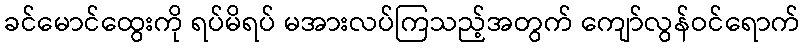
ခင်မောင်ထွေးကို ရပ်မိရပ် မအားလပ်ကြသည့်အတွက် ကျော်လွန်ဝင်ရောက်